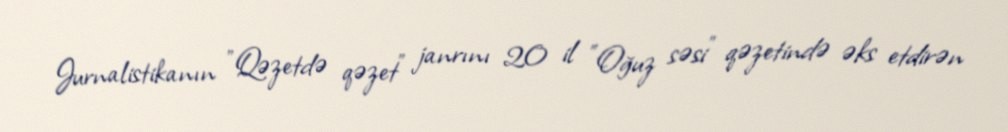
Jurnalistikanın "Qəzetdə qəzet" janrını 20 il "Oğuz səsi" qəzetində əks etdirən